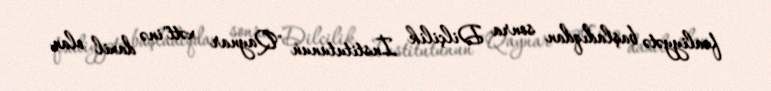
fəaliyyətə başladıqdan sonra Dilçilik İnstitutunun "Qaynar xətt"inə daxil olan